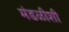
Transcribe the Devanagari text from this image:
मंडळीशी